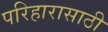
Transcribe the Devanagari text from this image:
परिहारासाठी